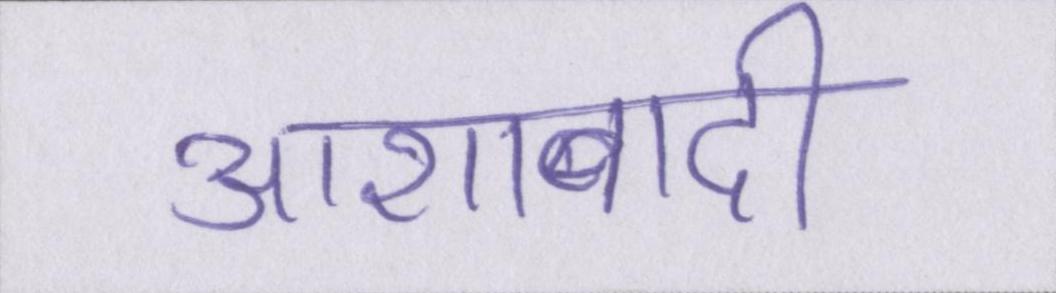
आशावादी